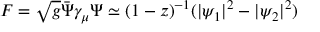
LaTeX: { \cal F } = \sqrt { g } \bar { \Psi } \gamma _ { \mu } \Psi \simeq ( 1 - z ) ^ { - 1 } ( | \psi _ { 1 } | ^ { 2 } - | \psi _ { 2 } | ^ { 2 } )